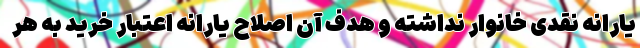
یارانه نقدی خانوار نداشته و هدف آن اصلاح یارانه اعتبار خرید به هر